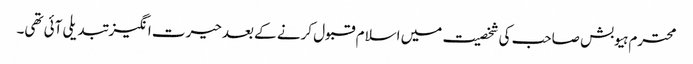
محترم ہیوبش صاحب کی شخصیت میں اسلام قبول کرنے کے بعد حیرت انگیز تبدیلی آئی تھی۔